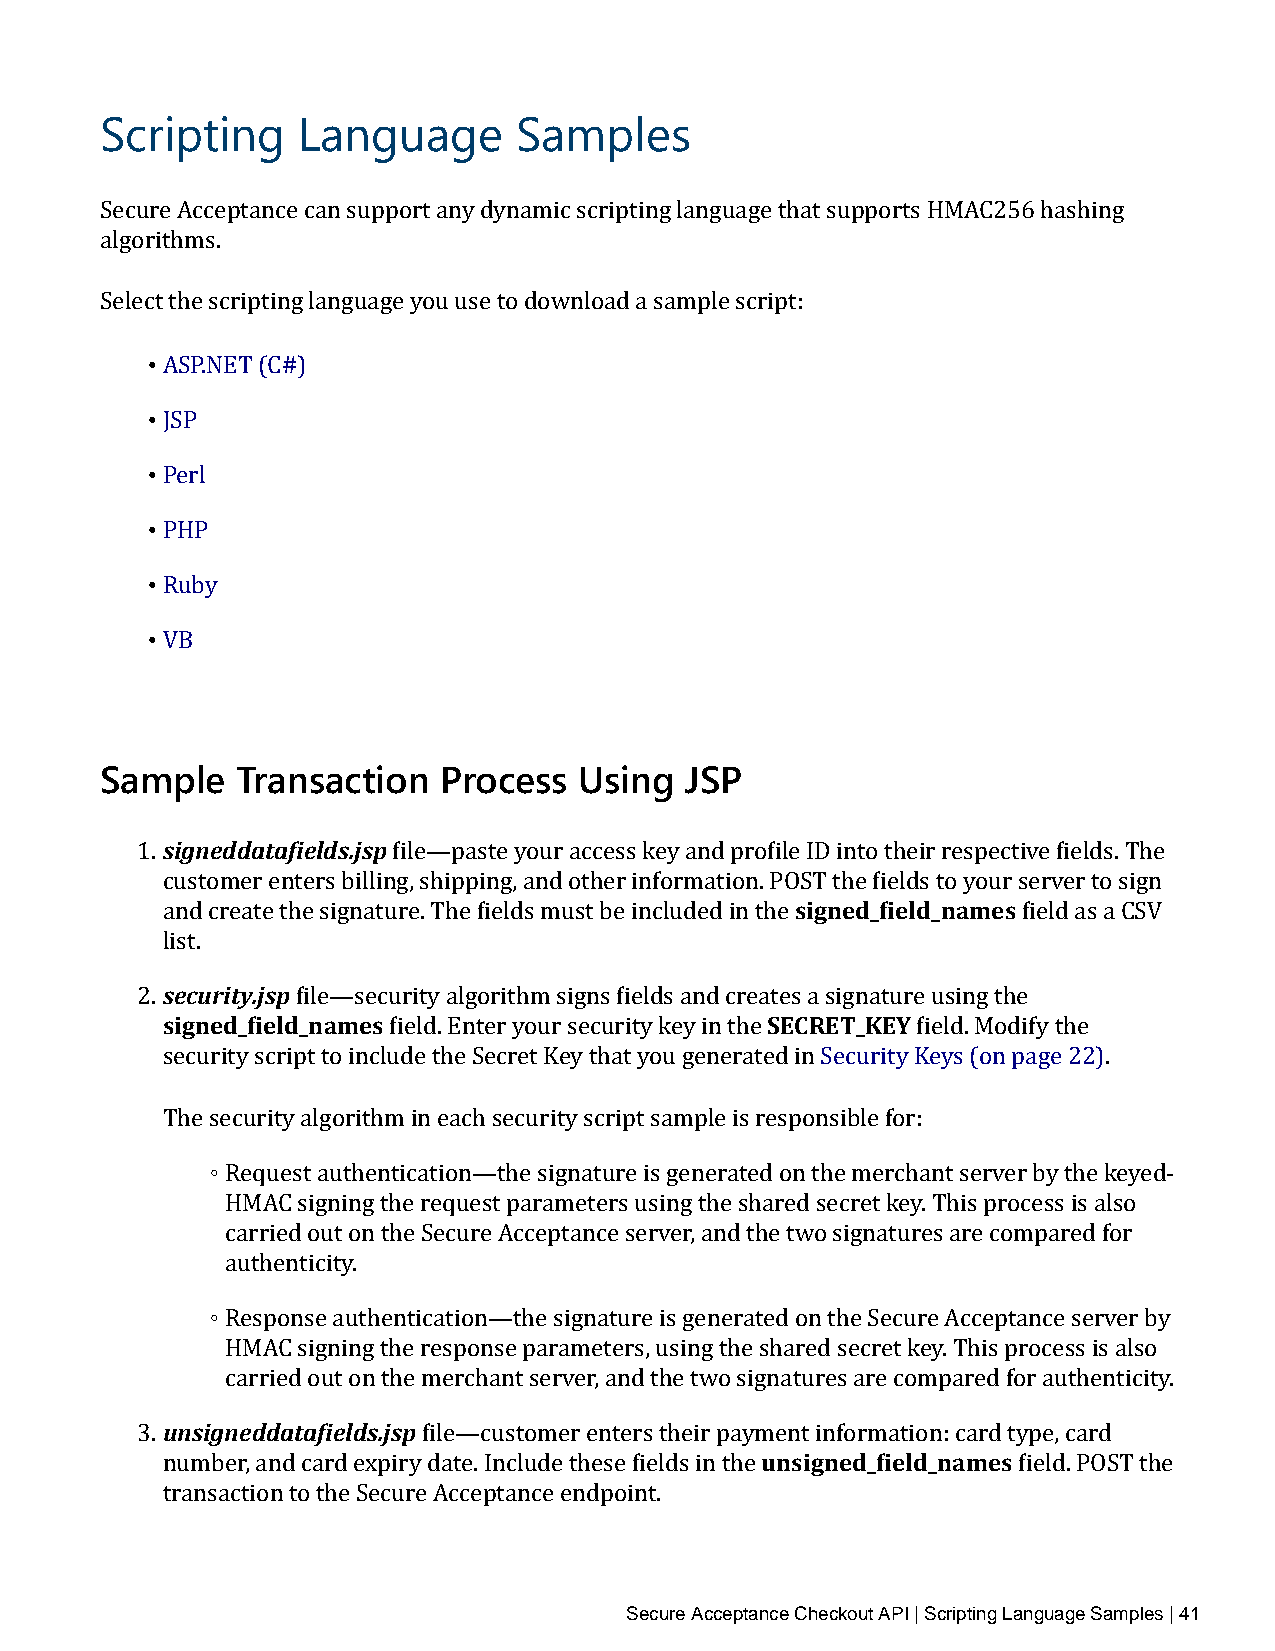
Scripting    Language      Samples
 Secure Acceptance can support any dynamic scripting language that supports HMAC256 hashing
 algorithms.
 Select the scripting language you use to download a sample script:
 •
 • ASP.NET (C#)
 • JSP
 • Perl
 • PHP
 • Ruby
 VB
 Sample   Transaction  Process  Using  JSP
 signeddatafields.jsp
 1.               file—paste your access key and profiles IigDn iendto_ ftiheeldir_ nreasmpeecst ive fields. The
 customer enters billing, shipping, and other information. POST the fields to your server to sign
 and create the signature. The fields must be included in the field as a CSV
 lsiesct.urity.jsp
 signed_field_names                      SECRET_KEY
 2.         file—security algorithm signs fields and creates a signature using the
 field. Enter your security key in the field. Modify the
 security script to include the Secret Key that you generated in Security Keys (on page 22).
 The s◦ecurity algorithm in each security script sample is responsible for:
 Request authentication—the signature is generated on the merchant server by the keyed‑
 HMAC signing the request parameters using the shared secret key. This process is also
 carried out on the Secure Acceptance server, and the two signatures are compared for
 ◦authenticity.
 Response authentication—the signature is generated on the Secure Acceptance server by
 HMAC signing the response parameters, using the shared secret key. This process is also
 unsigncaerdrdieadt aofuiet lodns .tjhspe merchant server, and the two signatures are compared for authenticity.
 unsigned_field_names
 3.                 file—customer enters their payment information: card type, card
 number, and card expiry date. Include these fields in the field. POST the
 transaction to the Secure Acceptance endpoint.
 Secure Acceptance Checkout API | Scripting Language Samples | 41